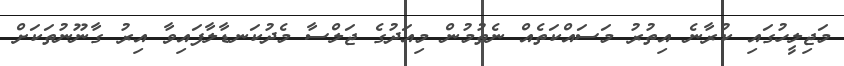
މަޖިލީހުގައި ކުރާނެ އިތުރު މަސައްކަތެއް ނެތުމުން މިއަދުގެ ޖަލްސާ މެދުކަނޑާލާފައިވާ އިރު ގާނޫނުތަކަށް